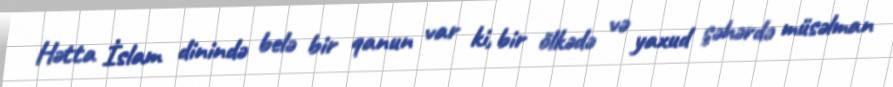
Hətta İslam dinində belə bir qanun var ki, bir ölkədə və yaxud şəhərdə müsəlman